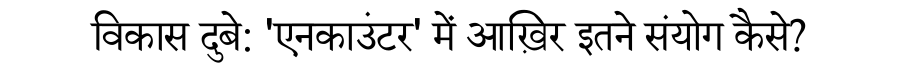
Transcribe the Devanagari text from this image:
विकास दुबे: 'एनकाउंटर' में आख़िर इतने संयोग कैसे?